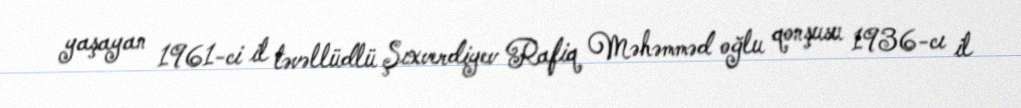
yaşayan 1961-ci il təvəllüdlü Şıxverdiyev Rafiq Məhəmməd oğlu qonşusu 1936-cı il